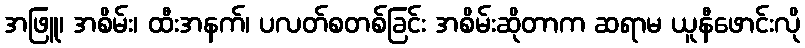
အဖြူ၊ အစိမ်း၊ ထီးအနက်၊ ပလတ်စတစ်ခြင်း အစိမ်းဆိုတာက ဆရာမ ယူနီဖောင်းလို